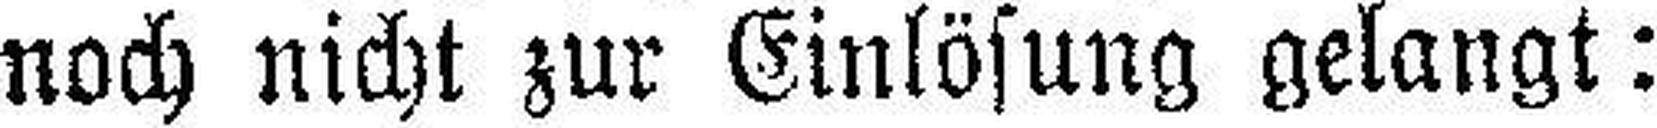
noch nicht zur Einlösung gelangt: